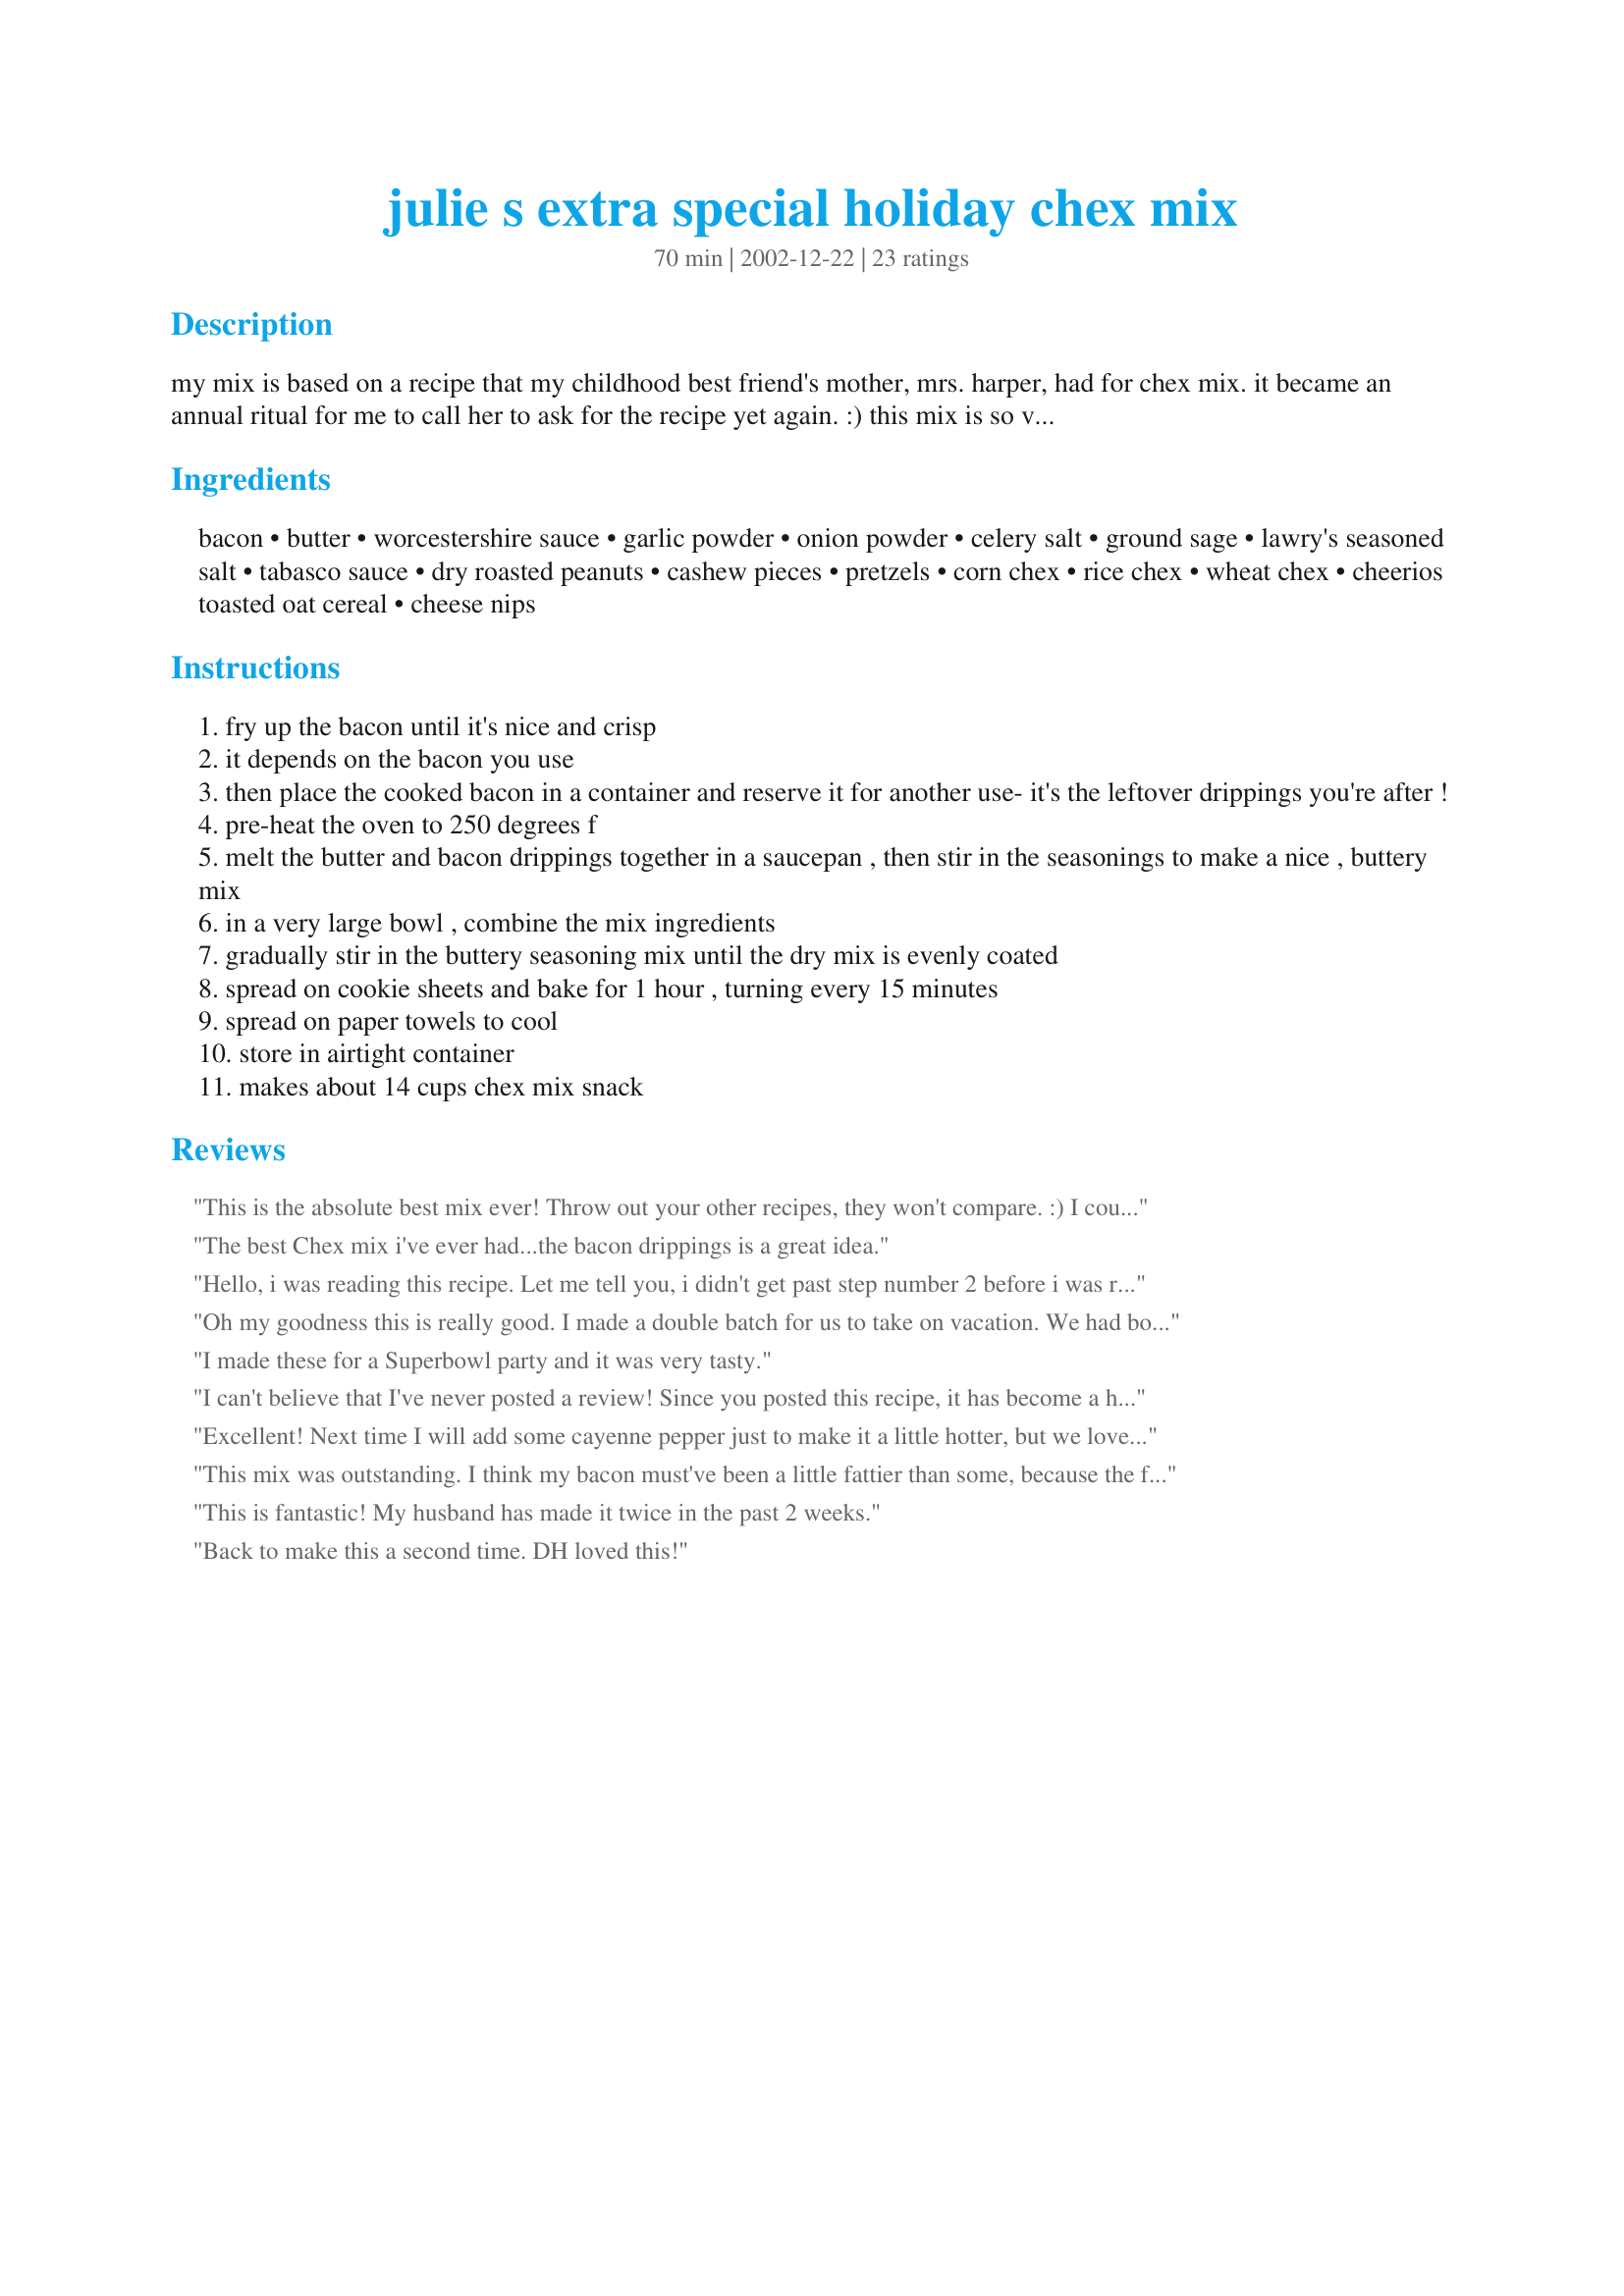
julie s extra special holiday chex mix
Preparation time: 70 minutes

my mix is based on a recipe that my childhood best friend's mother, mrs. harper, had for chex mix. it became an annual ritual for me to call her to ask for the recipe yet again. :) this mix is so very, very yummy and decadent! good thing i only make it once a year...

Ingredients:
bacon, butter, worcestershire sauce, garlic powder, onion powder, celery salt, ground sage, lawry's seasoned salt, tabasco sauce, dry roasted peanuts, cashew pieces, pretzels, corn chex, rice chex, wheat chex, cheerios toasted oat cereal, cheese nips

Steps:
fry up the bacon until it's nice and crisp
it depends on the bacon you use
then place the cooked bacon in a container and reserve it for another use- it's the leftover drippings you're after !
pre-heat the oven to 250 degrees f
melt the butter and bacon drippings together in a saucepan , then stir in the seasonings to make a nice , buttery mix
in a very large bowl , combine the mix ingredients
gradually stir in the buttery seasoning mix until the dry mix is evenly coated
spread on cookie sheets and bake for 1 hour , turning every 15 minutes
spread on paper towels to cool
store in airtight container
makes about 14 cups chex mix snack

Reviews:
This is the absolute best mix ever! Throw out your other recipes, they won't compare. :) I couldn't keep it in the house more then a day or two. Thanks Julie!
The best Chex mix i've ever had...the bacon drippings is a great idea.
Hello, i was reading this recipe. Let me tell you, i didn't get past step number 2 before i was running out the door to buy the ingredients for this recipe. Because the cereals that are needed for this recipe were not on sale, i kinda skimped on the cereal. i used crispix and muilti-grain cheerios. Also, i think the cashew pieces get lost in the sea of chex mix. Maybe next time i'll use whole cashews. i also doubled the seasoning mix and i didnt have celery salt, so i used celery seed instead and added a bit more seasoning salt
Oh my goodness this is really good. I made a double batch for us to take on vacation. We had both bag finished by the second day. I've made it couple more times since. This is the best chex mix I've ever had.
I made these for a Superbowl party and it was very tasty.
I can't believe that I've never posted a review! Since you posted this recipe, it has become a holiday tradition at our house too! This is absolutely the BEST Chex Mix recipe that I've tried, and I've tried a lot of them! Thank you so much for taking the time to post it all those years ago!
Excellent! Next time I will add some cayenne pepper just to make it a little hotter, but we loved this. Thanks!
This mix was outstanding. I think my bacon must've been a little fattier than some, because the first batch I made I could taste the bacon grease just a little stronger than I would have liked. The second batch I cut it back a little. On the second batch I also used Crispix instead of some of the Chex (ran out)I also accidentally used Honey Nut cheerios but I actually think the little bit of sweetness it added was really good and I might just do it this way intentionally next time, it made a really nice sweet and salty kind of combo.
This is fantastic! My husband has made it twice in the past 2 weeks.
Back to make this a second time. DH loved this!
I brought this to work today and it was gone in less than 2 hours (we only have about 15 people in our office and this made a TON so I was expecting leftovers but I guess not!!). I received lots of compliments and recipe requests. Thanks for a fun, new twist on one of my favorites!!! It's a super easy, delicious recipe for a hungry crowd - I will be making it for a tailgate soon!
This is the BEST chex mix I have made. made it for a gift and found the tabasco really gives it a kick along with the bacon grease!!!
Simply THE BEST! I used seasoned salt and Luisana hot sauce for seasoning. Didn&#039;t find Wheat Chex at the grocery store, so replaced it with whole grains. It yielded four full jar of Chex Mix for me. Absolutely wonderful. I will make this again and again! Thank you for the recipe!
This was a extra special chex mix. The bacon grease really did put some flavor into it. My family really did enjoy it. Thanks for posting this recipe.
This is the absolute best!!! I even double the seasonings for a bolder flavor. WOW! I've made this several times and have added grated parmesean cheese to the top after I put the mix on the baking sheets. It just adds another texture. Any thing you add to it would be great. Also i have searched everywhere for bagel chip and have yet to find just the chips. Thanks for posting!
very good. I like that the flavoring doesn't overpower everything else and you can still detect the taste of the original mix "component". I made it for a car trip and it really did the job of chasing away the munchies (although we ended up gorging ourselves on it, LOL). Will definately be making these again. Thanks for posting!
I did not bother to taste this first as I was in a hurry..... mistate #1 !! This was the WORST recipe I have ever taken to a function and it ended up in the garbage !!! We all ended up making a joke about it, as it was SO BAD. My friends are used to me bringing several different kinds of GOOD Chex Mixes and they thought this was a joke at first. So I promised NEVER to do it again, and suggest no one waste the time !!! It does not even rate a star in my book.
I must have done something wrong to this recipe, and therefore, I am not giving it a rating. I had high hopes for this mix, as the bacon drippings sounded like the key to a successful snack. However, the snack mix had a burnt bacon flavoring (even though I didn't get anywhere near burning the bacon) and a very unpleasant taste. I made this for our get-together in the mountains for New Year's and I ended up throwing out the entire batch. I don't know what went wrong, but I really wanted to like it!
Just finished making this. Wow! I'm gnoshing on it still warm. I didn't have the celery salt, so I used some extra Lowery's after it was done cooking. I also used chipotle Tabasco. I will make this again. BE WARNED!!! You will have to think about where to put all this. This recipe makes a ton. My friends will be happy when I show up with bags full of the stuff.
This is good. I would have given it 5 stars had there been more juice. Iike my mix a bit more strong. I will try it again and re-review if it works better. I followed this as written. No changes to the recipe.
We made this and I think it was gone within a day! We left out the sage and Tabasco sauce. It obviously wasn't missed seeing how fast is disappeared! A absolute must have for any holiday party!
MMMM-MMMMMMM. Just like mom used to make only better! I love the addition of the goldfish and cheerios. I took this to sons wrestling meet and everyone around me was munching on it all day. I will definately be making this again for various occasions. Thank you for this tasty and easy recipe.
Amazing. Perfect. Thank you so much!!! Did not change a thing, makes plenty for a party, saved and will make again and again!!!
